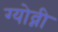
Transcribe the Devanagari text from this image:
ग्योव्नी